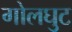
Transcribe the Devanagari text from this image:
गोलघुट